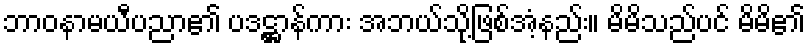
ဘာဝနာမယီပညာ၏ ပဒဋ္ဌာန်ကား အဘယ်သို့ဖြစ်အံ့နည်း။ မိမိသည်ပင် မိမိ၏